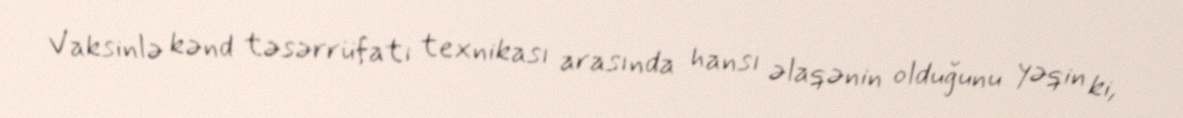
Vaksinlə kənd təsərrüfatı texnikası arasında hansı əlaqənin olduğunu yəqin ki,